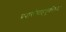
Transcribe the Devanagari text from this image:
प्रवासीवाहतुकीच्या